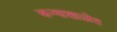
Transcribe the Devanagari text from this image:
कन्याशाळेत